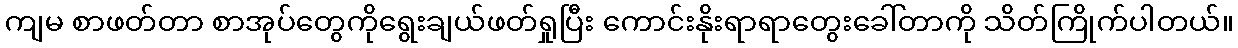
ကျမ စာဖတ်တာ စာအုပ်တွေကိုရွေးချယ်ဖတ်ရှုပြီး ကောင်းနိုးရာရာတွေးခေါ်တာကို သိတ်ကြိုက်ပါတယ်။